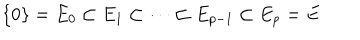
\{ 0 \} = E _ { 0 } \subset E _ { 1 } \subset \cdots \subset E _ { p - 1 } \subset E _ { p } = E